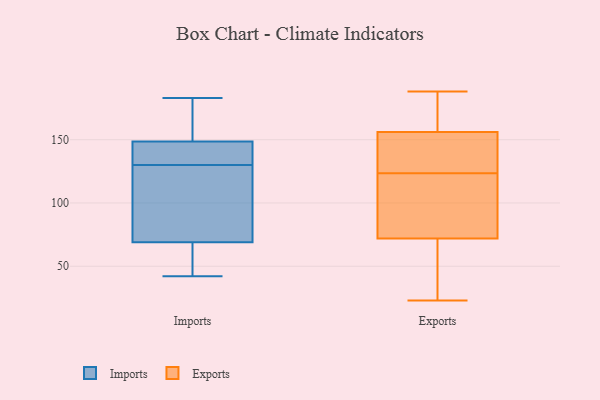
{"axis": {"x": "Budget (USD K)", "y": "Value"}, "legend": ["Exports", "Imports"], "data": [{"x": "", "y": 46, "type": "Imports"}, {"x": "", "y": 135, "type": "Imports"}, {"x": "", "y": 113, "type": "Imports"}, {"x": "", "y": 174, "type": "Imports"}, {"x": "", "y": 152, "type": "Imports"}, {"x": "", "y": 56, "type": "Imports"}, {"x": "", "y": 138, "type": "Imports"}, {"x": "", "y": 42, "type": "Imports"}, {"x": "", "y": 108, "type": "Imports"}, {"x": "", "y": 183, "type": "Imports"}, {"x": "", "y": 130, "type": "Imports"}, {"x": "", "y": 80, "type": "Exports"}, {"x": "", "y": 156, "type": "Exports"}, {"x": "", "y": 68, "type": "Exports"}, {"x": "", "y": 125, "type": "Exports"}, {"x": "", "y": 163, "type": "Exports"}, {"x": "", "y": 23, "type": "Exports"}, {"x": "", "y": 188, "type": "Exports"}, {"x": "", "y": 134, "type": "Exports"}, {"x": "", "y": 72, "type": "Exports"}, {"x": "", "y": 122, "type": "Exports"}]}